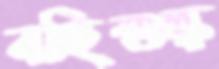
বহিশুল্ক